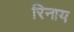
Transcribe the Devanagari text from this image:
रिनाय